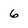
Character: 6